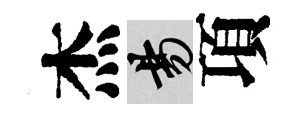
杰昜項